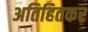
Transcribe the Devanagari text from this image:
अतिहितकर